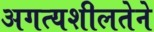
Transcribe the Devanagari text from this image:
अगत्यशीलतेने